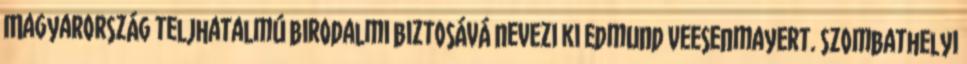
Magyarország teljhatalmú birodalmi biztosává nevezi ki Edmund Veesenmayert. Szombathelyi